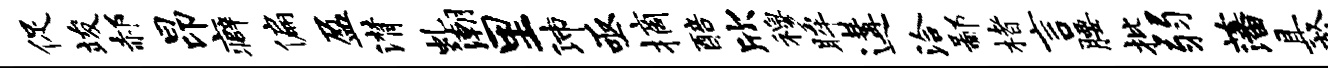
促竣郝昂癖偏盈潸虬潮里沛亟摘醅欣穆眸遘洽鄙楮言腰批弱藩具於